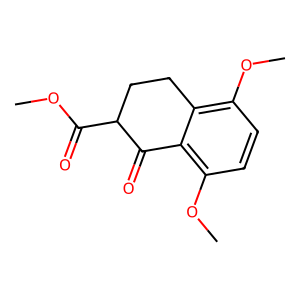
SMILES: COC(=O)C1CCc2c(OC)ccc(OC)c2C1=O
Inhibits HIV replication: No